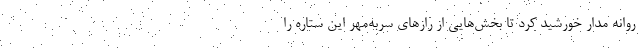
روانه مدار خورشید کرد تا بخش‌هایی از رازهای سربه‌مهر این ستاره را